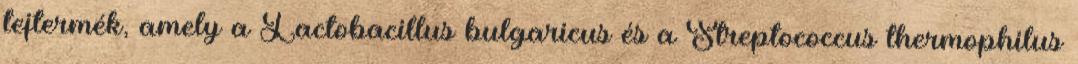
tejtermék, amely a Lactobacillus bulgaricus és a Streptococcus thermophilus